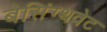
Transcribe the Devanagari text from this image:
बेसिंग्थवेट